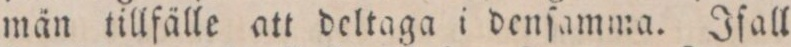
män tillfälle att deltaga i denſamma. Ifall